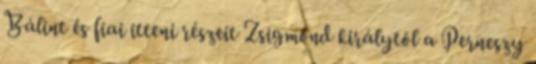
Bálint és fiai itteni részeit Zsigmond királytól a Perneszy